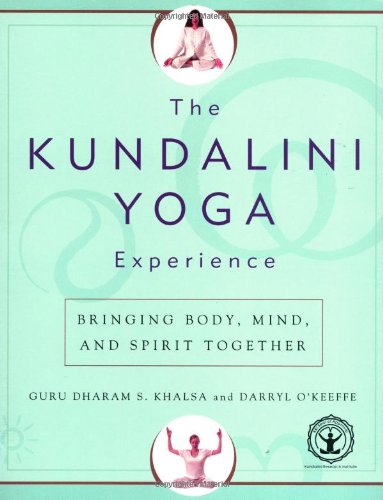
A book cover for The Kundalini Yoga Experience: Bringing Body, Mind, and Spirit Together; Dharam Singh Khalsa; Religion & Spirituality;